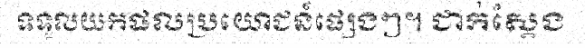
ទទួលយកផលប្រយោជន៍ផ្សេងៗ។ ជាក់ស្តែង